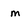
Character: m